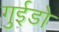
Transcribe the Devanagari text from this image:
गुईडो